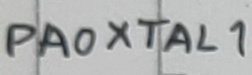
Text: PA0XTAL1